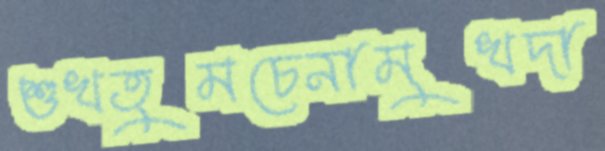
শুখতুমচেনামুখদা